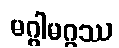
မဂ္ဂါမဂ္ဂဿ